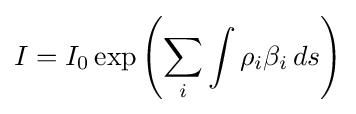
I=I_{0}\exp \left(\sum _{i}\int \rho _{i}\beta _{i}\,ds\right)